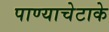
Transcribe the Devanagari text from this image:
पाण्याचेटाके